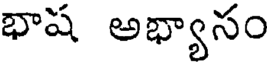
భాష అభ్యాసం